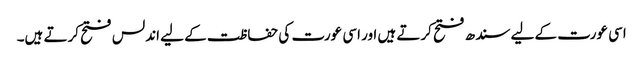
اسی عورت کے لیے سندھ فتح کرتے ہیں اور اسی عورت کی حفاظت کے لیے اندلس فتح کرتے ہیں۔